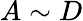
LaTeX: A\sim D